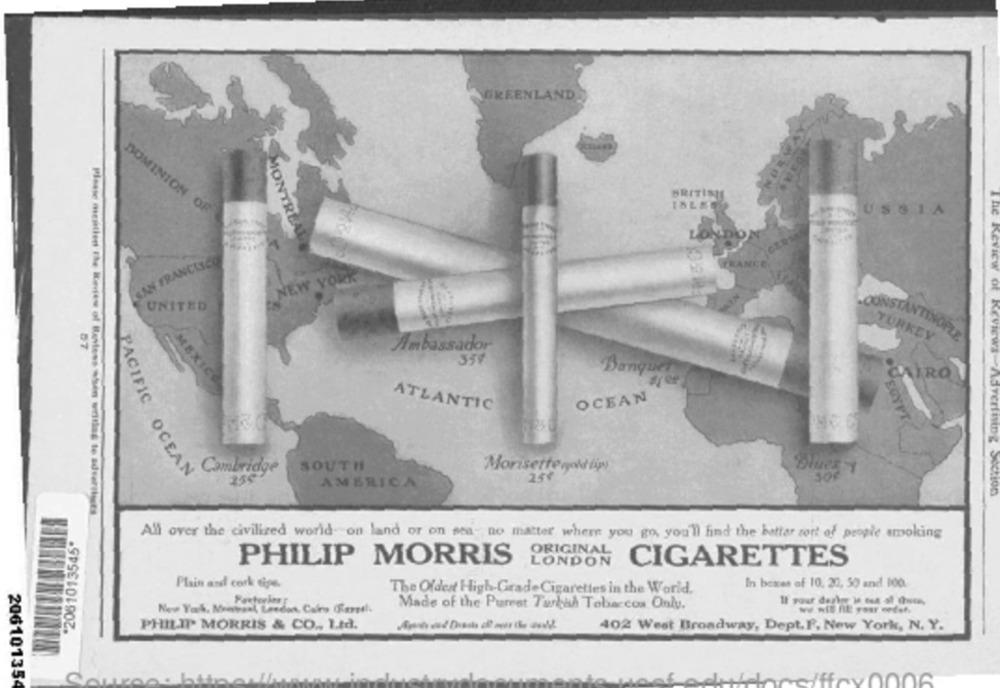
GREENLAND
BRITISH
DOMINION OF
RUSSIA
MONTREAL
SAN FRANCISCO
NEW YORK
UNITED
-CONSTANTINOPLE
TURKEY
Ambassador
359
Banquet
CAIRO
MEXICO
OCEAN
ATLANTIC
Please mentied the Review of Blevless when uritiss te
Cambridge
SOUTH
Morisette vold lips
Blues
PACIFIC OCEAN
250
AMERICA
The Review of REVIEWS Advertning Section
"2061013545"
All over the civilized world- on land or on sea- no matter where you go, you'll find the battar sort of people smoking
ORIGINAL
PHILIP MORRIS
CIGARETTES
Plain and cork tips
In boxes of 10, 20, 50 and 100.
The Oldest High-Grade Cigarettes in the World.
Made of the Purest Turban Tobaccos Only.
New York, Mentaal, Unedon. Cairo (erstl.
we will fit your veteh
PHILIP MORRIS & CO ., Ltd.
402 West Broadway, Dept.F. New York, N. Y.
206101354
Hffox0006